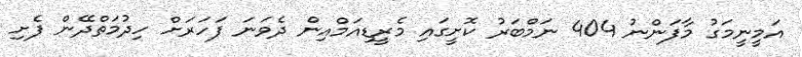
އަމީނީމަގު މާފަންނު 404 ނަމްބަރު ކޮށީގައި މެރީޑިއަމްއިން ދެވަނަ ފަހަރަށް ހިދުމަތްދޭން ފެށި